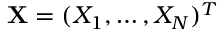
\mathbf { X } = ( X _ { 1 } , \ldots , X _ { N } ) ^ { T }